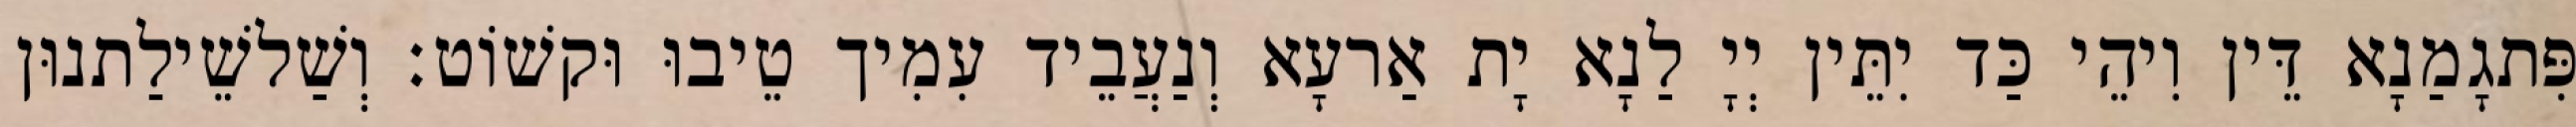
פִּתגָמַנָא דֵּין וִיהֵי כַּד יִתֵּין יְיָ לַנָא יָת אַרעָא וְנַעֲבֵיד עִמִיך טֵיבוּ וּקשׁוֹט׃ וְשַׁלשֵׁילַתנוּן